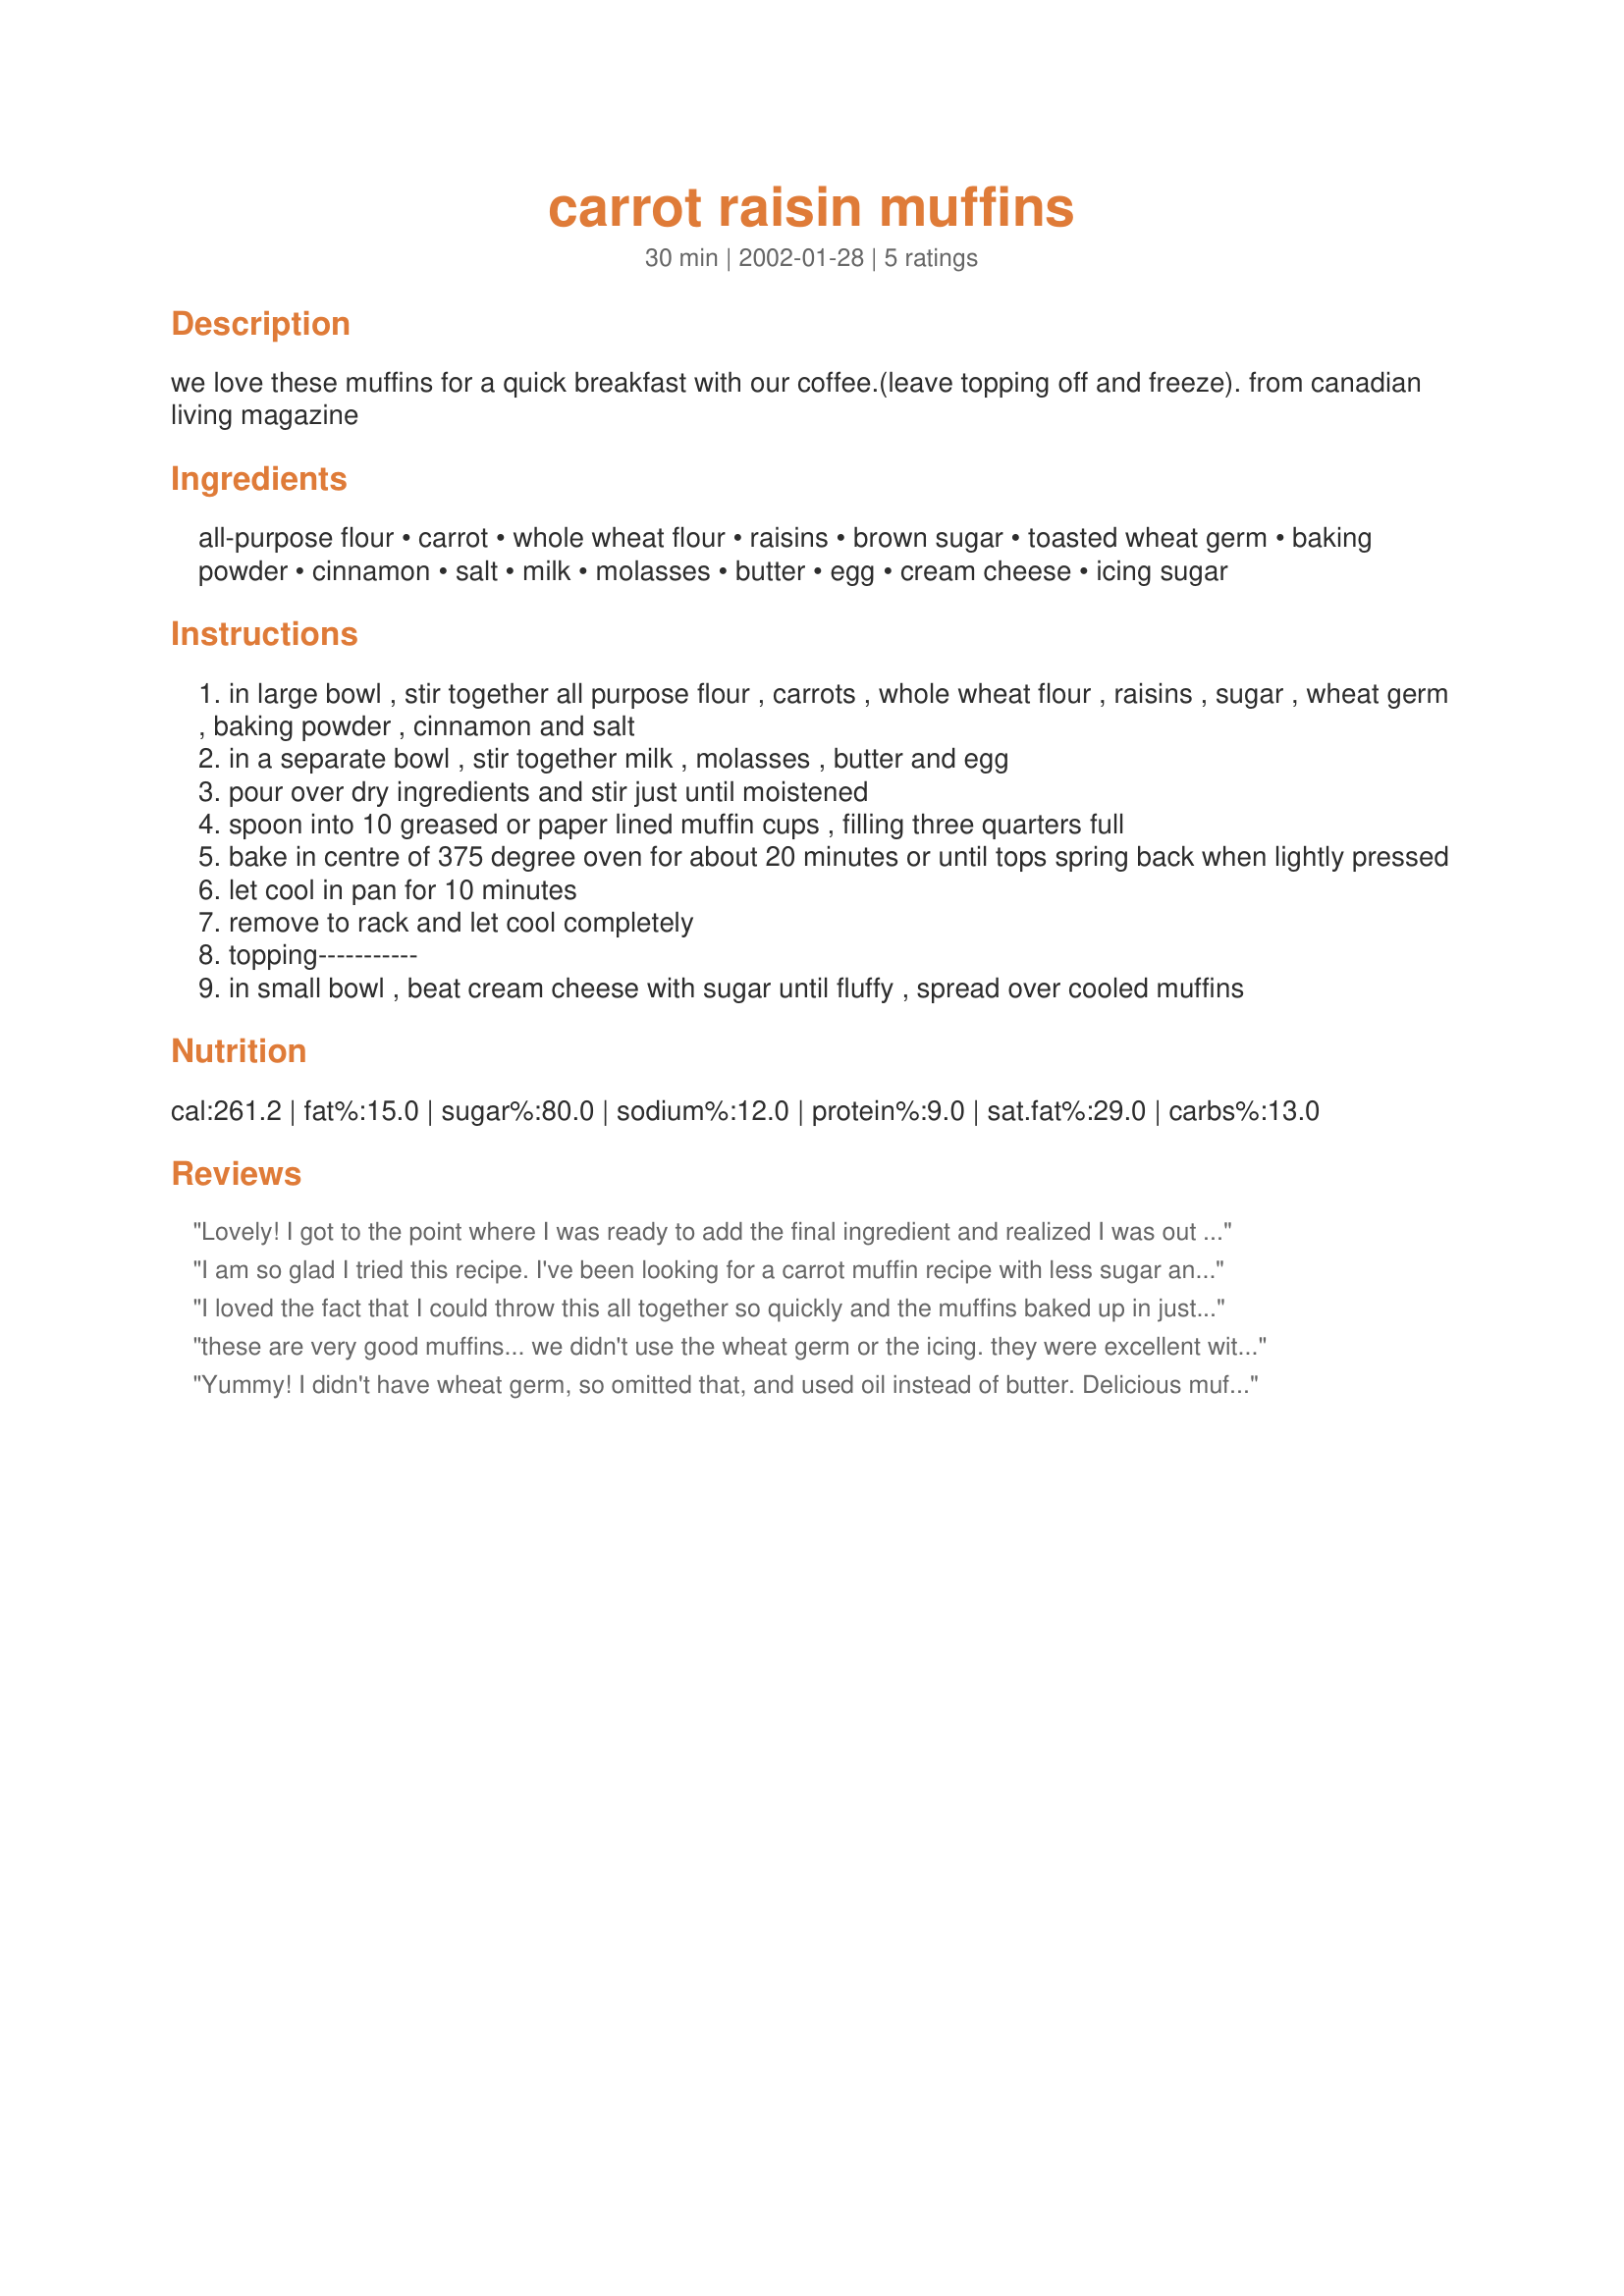
carrot raisin muffins
Preparation time: 30 minutes

we love these muffins for a quick breakfast with our coffee.(leave topping off and freeze). from canadian living magazine

Ingredients:
all-purpose flour, carrot, whole wheat flour, raisins, brown sugar, toasted wheat germ, baking powder, cinnamon, salt, milk, molasses, butter, egg, cream cheese, icing sugar

Steps:
in large bowl , stir together all purpose flour , carrots , whole wheat flour , raisins , sugar , wheat germ , baking powder , cinnamon and salt
in a separate bowl , stir together milk , molasses , butter and egg
pour over dry ingredients and stir just until moistened
spoon into 10 greased or paper lined muffin cups , filling three quarters full
bake in centre of 375 degree oven for about 20 minutes or until tops spring back when lightly pressed
let cool in pan for 10 minutes
remove to rack and let cool completely
topping-----------
in small bowl , beat cream cheese with sugar until fluffy , spread over cooled muffins

Reviews:
Lovely! I got to the point where I was ready to add the final ingredient and realized I was out of molasses! So I used honey with great success. I left off the topping and made these all as mini muffins to take to my nephew's first communion party. These were enjoyed by everyone. Thanks.
I am so glad I tried this recipe. I've been looking for a carrot muffin recipe with less sugar and fat (I also subbed canola oil for butter) and nutritional extras like wheat germ and whole grain flour.

The muffins turned out great: moist, sweet, flavorful. They will be a lunchbox staple and morning treat for the whole household. Thanks and good job, Derf!
I loved the fact that I could throw this all together so quickly and the muffins baked up in just 20 minutes. I did find it took me a bit longer to prepare the recipe than the indicated 10 minutes (I'd allow closer to 15 minutes) but that wasn't a problem because they were so yummy I didn't mind! Not too sweet and a nice combination of spices. I made them without the icing.
these are very good muffins... we didn't use the wheat germ or the icing. they were excellent without them. thanks for posting a very goof recipe
Yummy! I didn't have wheat germ, so omitted that, and used oil instead of butter. Delicious muffins!
